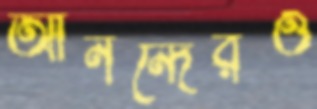
আনন্দেরও